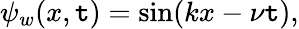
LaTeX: \psi_{w}(x,\mathtt{t})=\sin(kx-\nu\mathtt{t}),